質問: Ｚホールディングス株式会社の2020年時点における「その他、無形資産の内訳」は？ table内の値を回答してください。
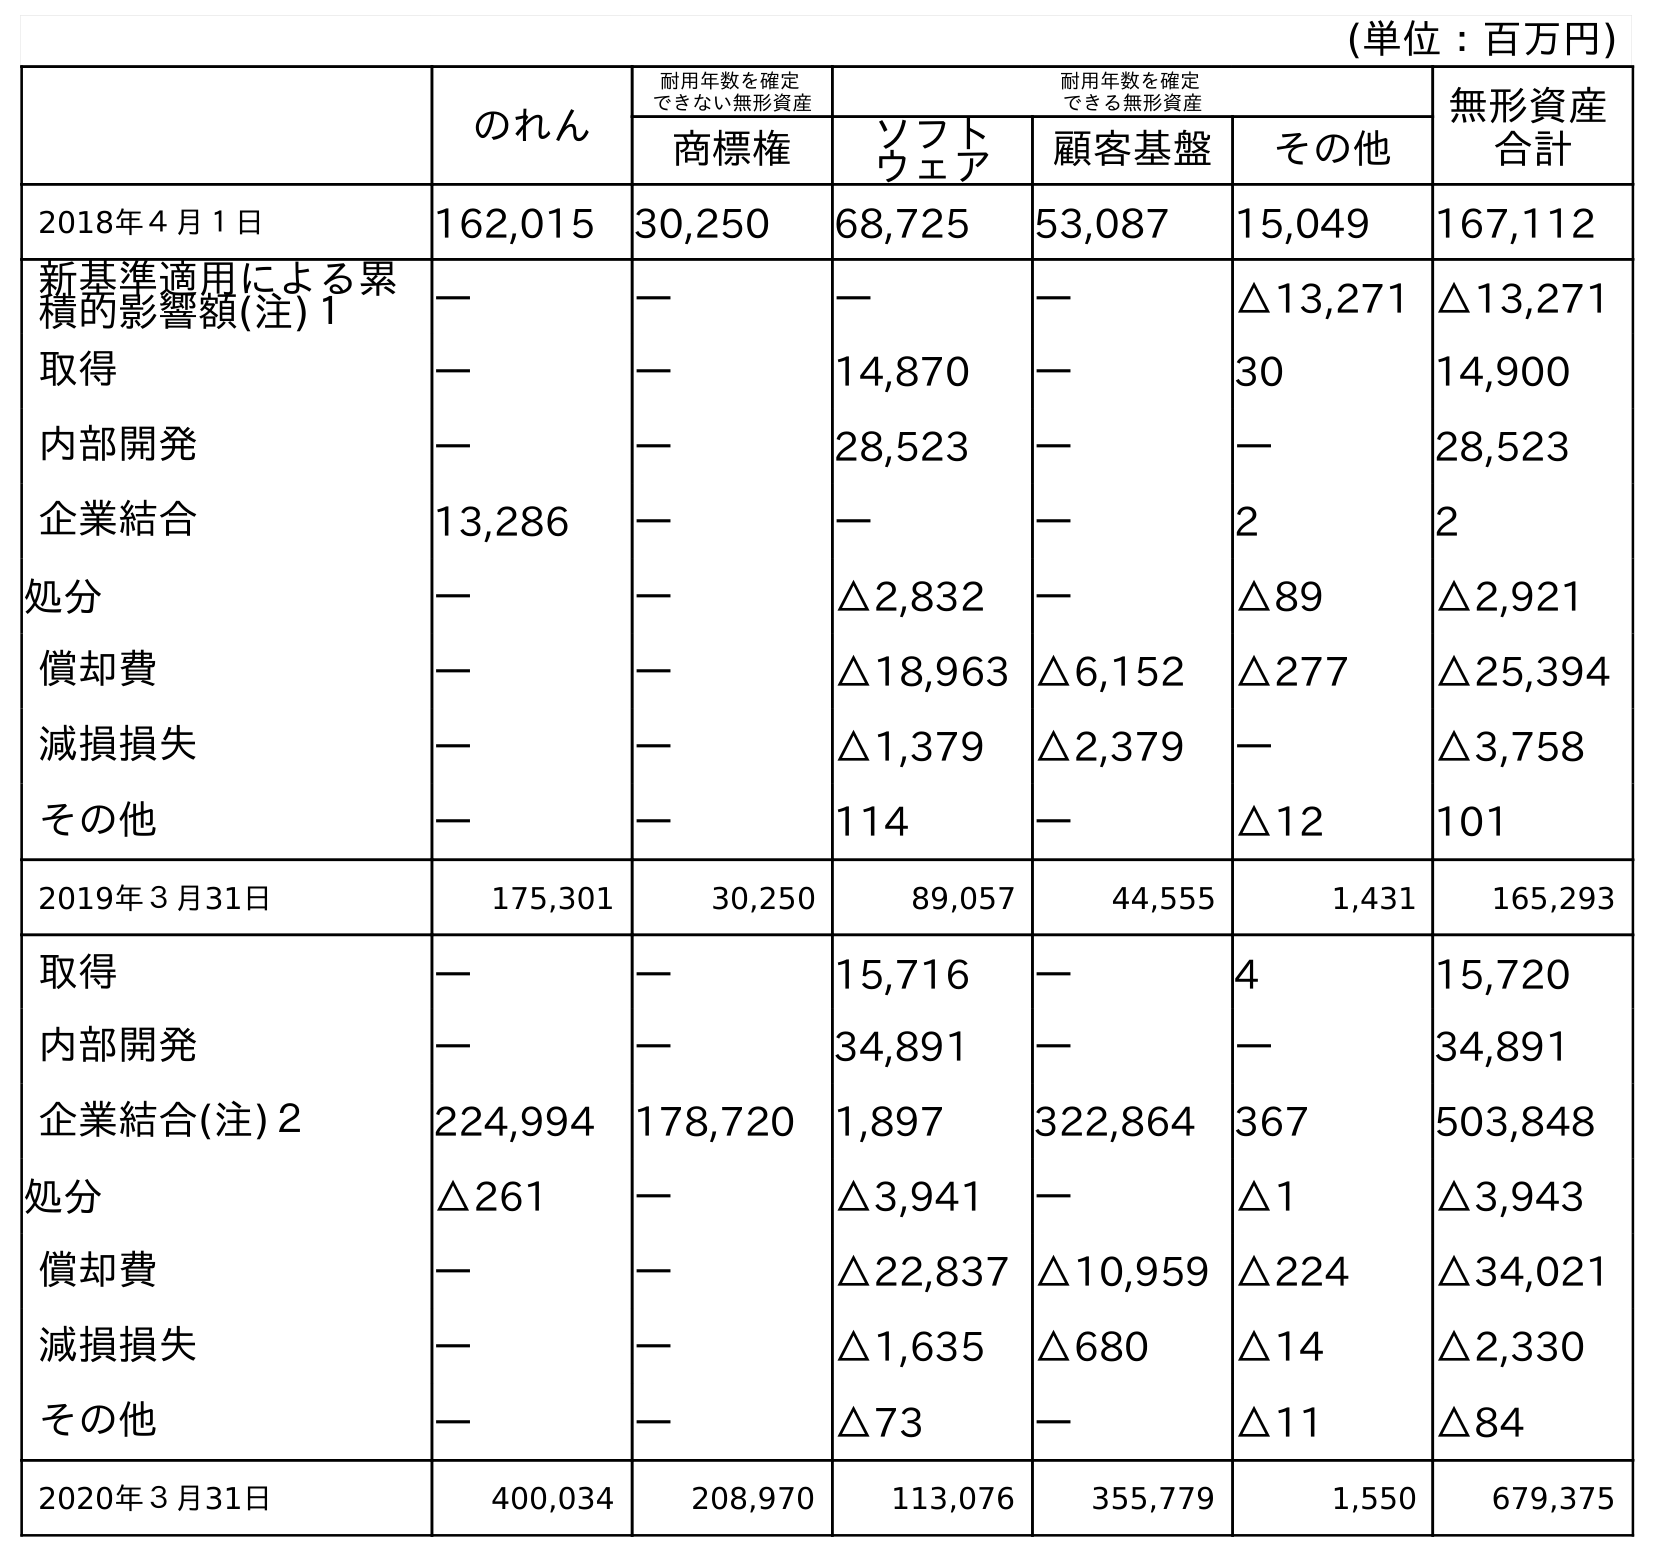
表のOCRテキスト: (単位：百万円) のれん 耐用年数を確定 できない無形資産 耐用年数を確定 できる無形資産 無形資産 合計 商標権 ソフト ウェア 顧客基盤 その他 2018年４月１日 162,015 30,250 68,725 53,087 15,049 167,112 新基準適用による累 積的影響額(注)１ ― ― ― ― △13,271 △13,271 取得 ― ― 14,870 ― 30 14,900 内部開発 ― ― 28,523 ― ― 28,523 企業結合 13,286 ― ― ― 2 2 処分 ― ― △2,832 ― △89 △2,921 償却費 ― ― △18,963 △6,152 △277 △25,394 減損損失 ― ― △1,379 △2,379 ― △3,758 その他 ― ― 114 ― △12 101 2019年３月31日 175,301 30,250 89,057 44,555 1,431 165,293 取得 ― ― 15,716 ― 4 15,720 内部開発 ― ― 34,891 ― ― 34,891 企業結合(注)２ 224,994 178,720 1,897 322,864 367 503,848 処分 △261 ― △3,941 ― △1 △3,943 償却費 ― ― △22,837 △10,959 △224 △34,021 減損損失 ― ― △1,635 △680 △14 △2,330 その他 ― ― △73 ― △11 △84 2020年３月31日 400,034 208,970 113,076 355,779 1,550 679,375
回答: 1,550